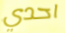
احدي